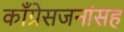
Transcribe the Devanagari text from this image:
काँग्रेसजनांसह